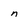
Character: n